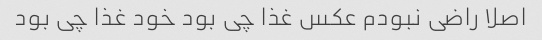
اصلا راضی نبودم عکس غذا چی بود خود غذا چی بود